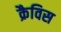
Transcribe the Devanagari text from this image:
क्रैविस